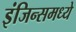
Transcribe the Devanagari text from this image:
इंजिन्समध्ये